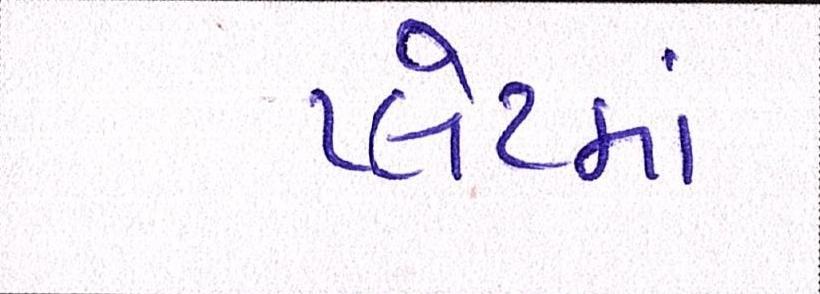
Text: પ્લેટમાં